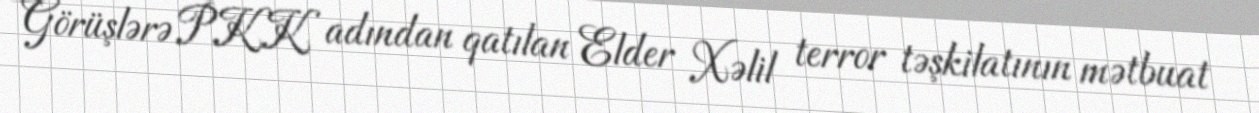
Görüşlərə PKK adından qatılan Elder Xəlil terror təşkilatının mətbuat